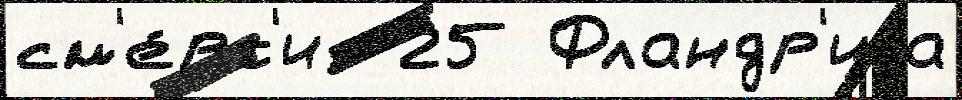
см'е́рт'и  25 Фландр'иjа